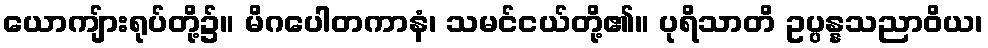
ယောကျ်ားရုပ်တို့၌။ မိဂပေါတကာနံ၊ သမင်ငယ်တို့၏။ ပုရိသာတိ ဥပ္ပန္နသညာဝိယ၊